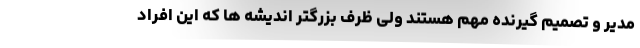
مدیر و تصمیم گیرنده مهم هستند ولی ظرفِ بزرگتر اندیشه ها که این افراد